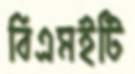
বিএমইটি